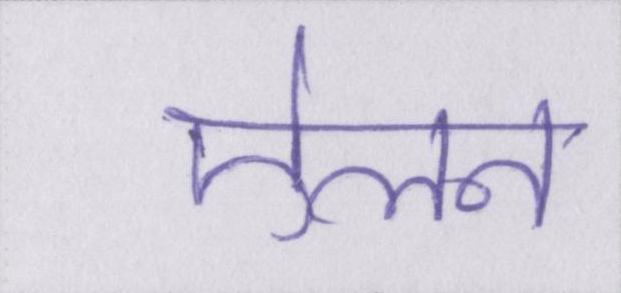
ऐलन